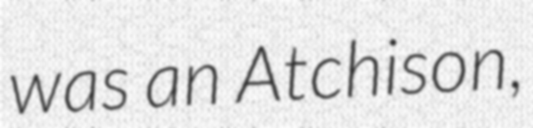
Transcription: was an Atchison,